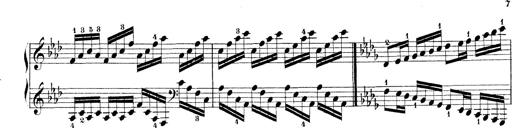
Title: Technische Studien
Composer: Franz Liszt